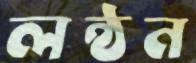
লন্ঠন